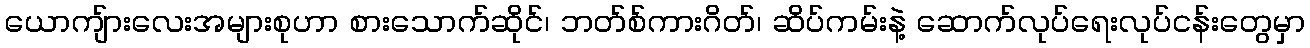
ယောကျ်ားလေးအများစုဟာ စားသောက်ဆိုင်၊ ဘတ်စ်ကားဂိတ်၊ ဆိပ်ကမ်းနဲ့ ဆောက်လုပ်ရေးလုပ်ငန်းတွေမှာ